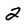
Character: 2